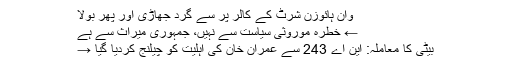
وان ہائوزن شرٹ کے کالر پر سے گرد جھاڑی اور پھر بولا
← خطرہ موروثی سیاست سے نہیں، جمہوری میراث سے ہے
بیٹی کا معاملہ: این اے 243 سے عمران خان کی اہلیت کو چیلنج کردیا گیا →